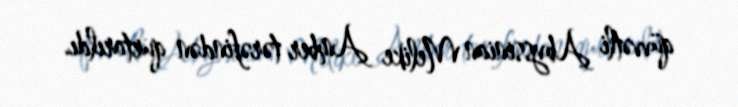
qüvvətli Abyssinian Melike Amber tərəfindən qurtarıldı.